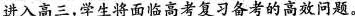
进入高三，学生将面临高考复习备考的高效问题。